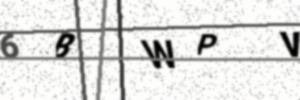
Text: 6BWPV